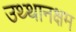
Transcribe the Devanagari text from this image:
उथ्थानक्षम